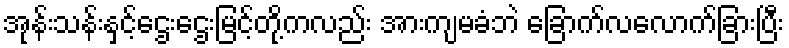
အုန်းသန်းနှင့်ဌေးဌေးမြင့်တို့ကလည်း အားကျမခံဘဲ ခြောက်လလောက်ခြားပြီး